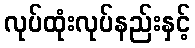
လုပ်ထုံးလုပ်နည်းနှင့်